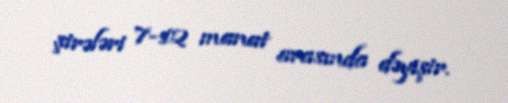
şirələri 7-12 manat arasında dəyişir.